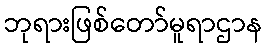
ဘုရားဖြစ်တော်မူရာဌာန